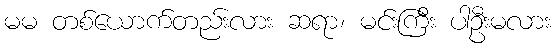
မမ တစ်ယောက်တည်းလား ဆရာ၊ မင်းကြီး ပါဦးမလား